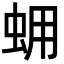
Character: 𧊊